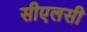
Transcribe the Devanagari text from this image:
सीएलसी